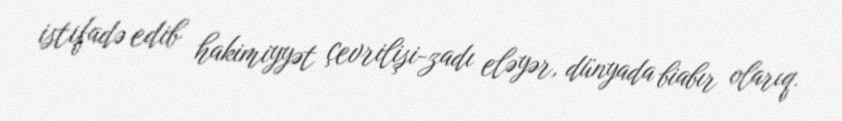
istifadə edib hakimiyyət çevrilişi-zadı eləyər, dünyada biabır olarıq.